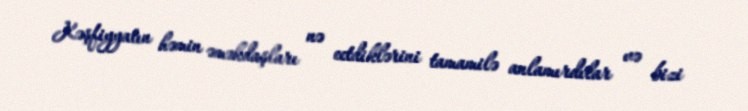
Kəşfiyyatın həmin əməkdaşları nə eetdiklərini tamamilə anlamırdılar və bizi